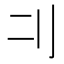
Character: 𠚧